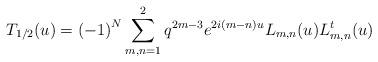
LaTeX: \begin{align*}T_{1/2}(u)={(-1)}^N\displaystyle \sum_{m,n=1}^{2}q^{2m-3}e^{2i(m-n)u}L_{m,n}(u)L^t_{m,n}(u)\end{align*}